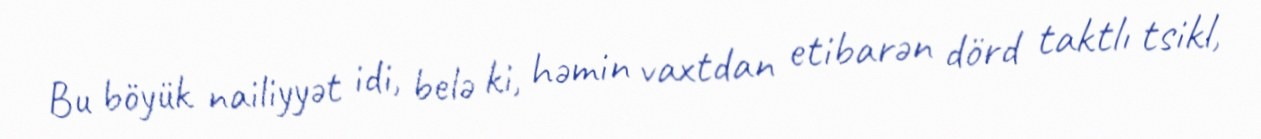
Bu böyük nailiyyət idi, belə ki, həmin vaxtdan etibarən dörd taktlı tsikl,